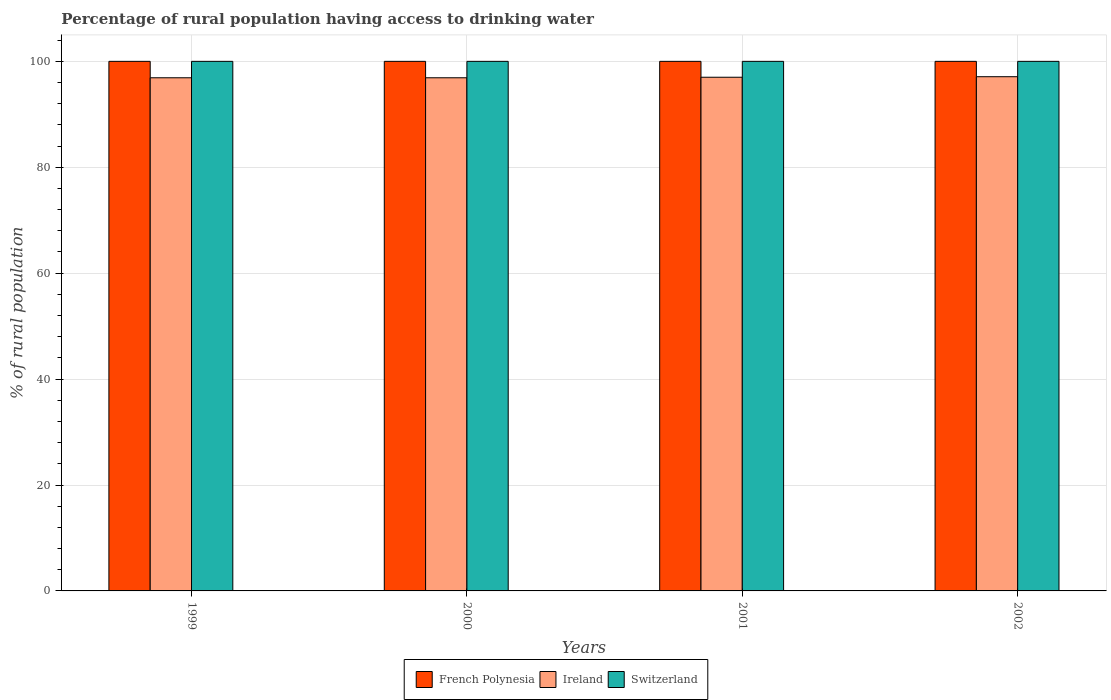
| Years | French Polynesia | Ireland | Switzerland |
 | --- | --- | --- | --- |
 | 1999 | 100 | 96.9 | 100 |
 | 2000 | 100 | 96.9 | 100 |
 | 2001 | 100 | 97 | 100 |
 | 2002 | 100 | 97.1 | 100 |